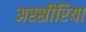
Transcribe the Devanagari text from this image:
अस्सीरिया